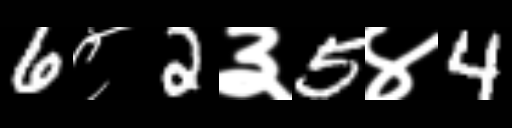
Text: 6८2३5४4